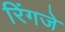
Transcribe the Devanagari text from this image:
रिंगजे